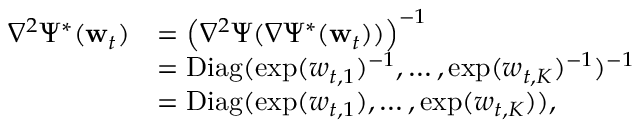
\begin{array} { r l } { \nabla ^ { 2 } \Psi ^ { * } ( \mathbf w _ { t } ) } & { = \left( \nabla ^ { 2 } \Psi ( \nabla \Psi ^ { * } ( \mathbf w _ { t } ) ) \right) ^ { - 1 } } \\ & { = \mathrm { D i a g } ( \exp ( w _ { t , 1 } ) ^ { - 1 } , \ldots , \exp ( w _ { t , K } ) ^ { - 1 } ) ^ { - 1 } } \\ & { = \mathrm { D i a g } ( \exp ( w _ { t , 1 } ) , \ldots , \exp ( w _ { t , K } ) ) , } \end{array}